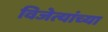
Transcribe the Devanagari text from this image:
विजेत्यांच्या